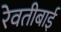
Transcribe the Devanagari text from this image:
रेवतीबाई